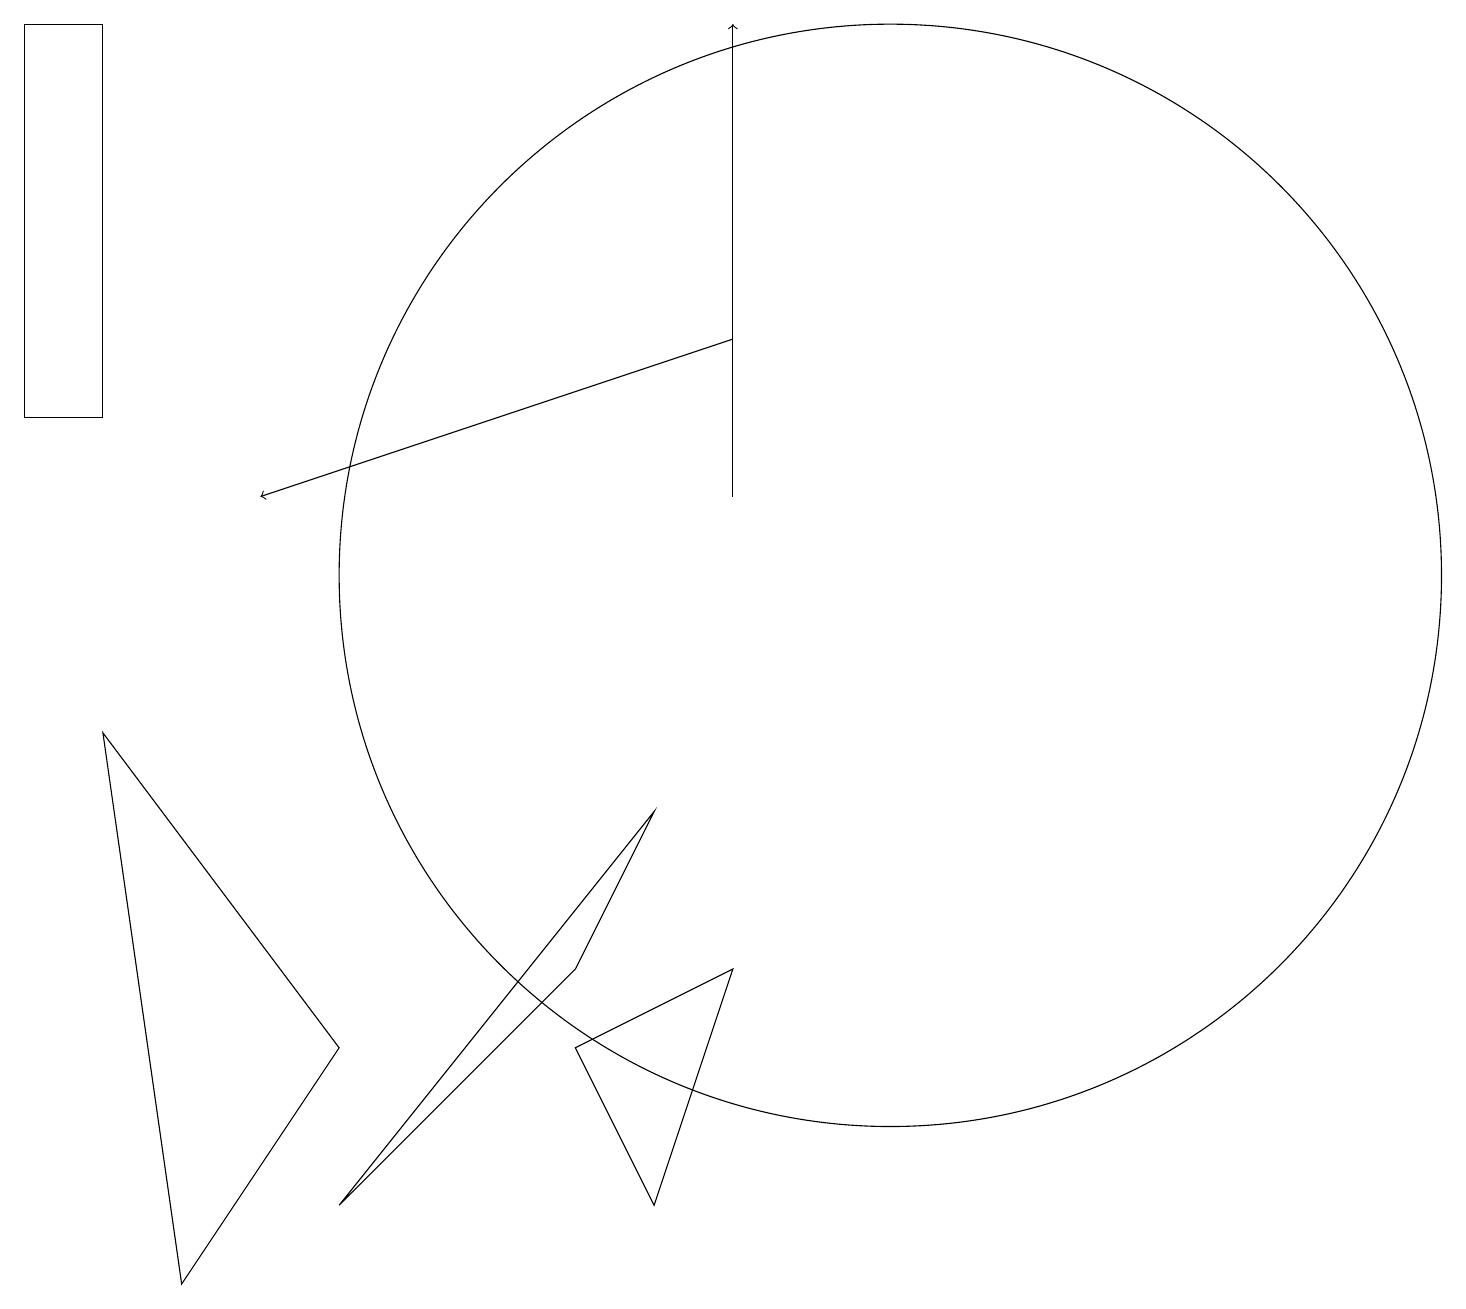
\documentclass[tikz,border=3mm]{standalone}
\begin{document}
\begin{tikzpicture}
\draw (2,1) -- (1,8) -- (4,4) -- cycle;
\draw[->] (9,13) -- (3,11);
\draw (8,7) -- (4,2) -- (7,5) -- cycle;
\draw[->] (9,11) -- (9,17);
\draw (1,17) rectangle (0,12);
\draw (10,11) circle (0);
\draw (11,10) circle (7);
\draw (9,5) -- (7,4) -- (8,2) -- cycle;
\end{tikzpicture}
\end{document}